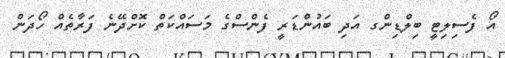
އޯ ފެސިލިޓީ ބިލްޑިންގ އަދި ބައުންޑަރީ ފެންސްގެ މަސައްކަތް ކޮށްދޭނެ ފަރާތެއް ހޯދަން